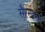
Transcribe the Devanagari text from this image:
सैरन्डन